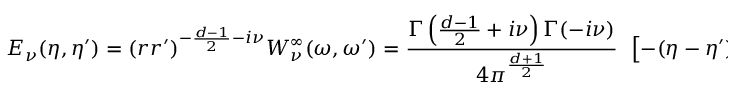
{ \cal E } _ { \nu } ( \eta , \eta ^ { \prime } ) = ( r r ^ { \prime } ) ^ { - \frac { d - 1 } { 2 } - i \nu } { W } _ { \nu } ^ { \infty } ( { \omega } , { \omega } ^ { \prime } ) = \frac { \Gamma \left( \frac { d - 1 } { 2 } + i \nu \right) \Gamma ( - i \nu ) } { 4 \pi ^ { \frac { d + 1 } { 2 } } } \ \ \left[ - ( \eta - \eta ^ { \prime } ) ^ { 2 } \right] ^ { - i \nu - \frac { d - 1 } { 2 } }